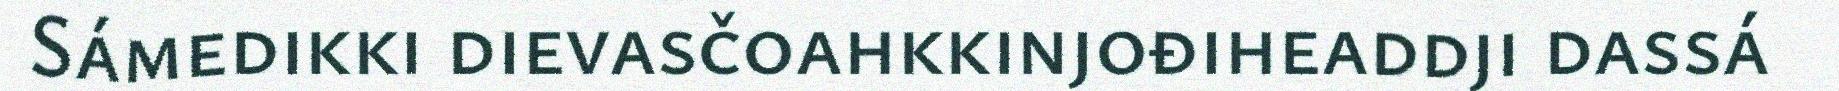
Sámedikki dievasčoahkkinjođiheaddji dassá